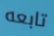
تابعه